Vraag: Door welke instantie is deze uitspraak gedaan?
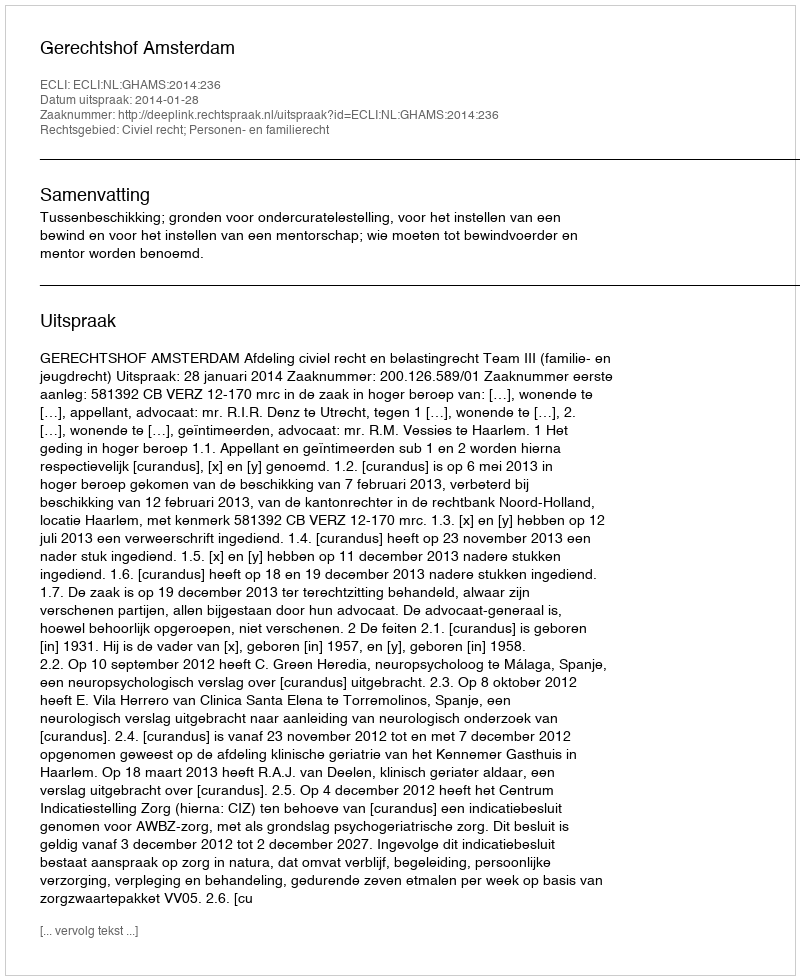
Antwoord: Gerechtshof Amsterdam